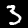
Label: 3